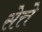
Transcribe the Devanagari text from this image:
सेत्ते